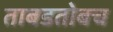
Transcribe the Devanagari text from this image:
ताबडतोबच